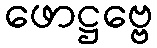
ဖောဋ္ဌဗ္ဗေ